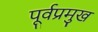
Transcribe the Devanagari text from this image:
पूर्वप्रमुख